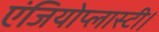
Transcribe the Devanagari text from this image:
एंजियोप्लास्टी।